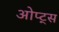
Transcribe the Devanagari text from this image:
ओप्ट्स